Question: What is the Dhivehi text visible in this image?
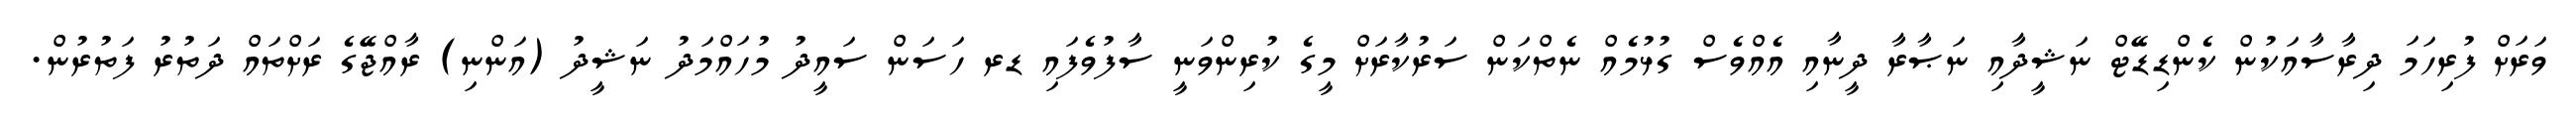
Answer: ވަރަށް ފުރިހަމަ ދިރާސާއަކުން ކެންޑިޑޭޓް ނަޝީދާއި ނަޞާރާ ދީނާއި އެއްވެސް ގުޅުމެއް ނެތްކަން ސަރުކާރަށް މީގެ ކުރިންވަނީ ސާފުވެފައި ޑރ ހަސަން ސައީދު މުހައްމަދު ނަޝީދު (އަންނި) ރާއްޖޭގެ ރަށްތައް ދަތުރު ފަތުރުން.